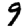
Digit: 9